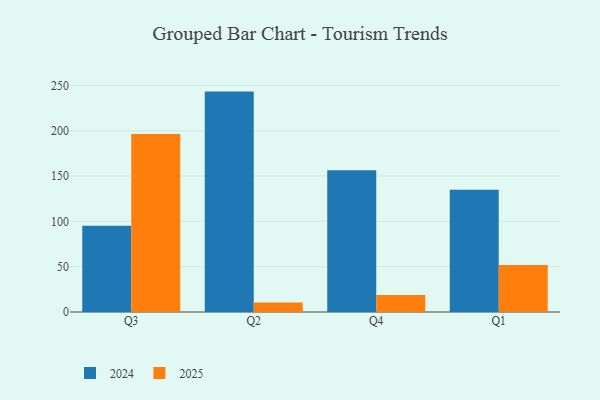
{"axis": {"x": "Quarter", "y": "Backlog"}, "legend": ["2024", "2025"], "data": [{"x": "Q3", "y": 196.2, "type": "2025"}, {"x": "Q3", "y": 95.2, "type": "2024"}, {"x": "Q2", "y": 10.5, "type": "2025"}, {"x": "Q2", "y": 243.1, "type": "2024"}, {"x": "Q4", "y": 18.8, "type": "2025"}, {"x": "Q4", "y": 156.4, "type": "2024"}, {"x": "Q1", "y": 51.8, "type": "2025"}, {"x": "Q1", "y": 134.8, "type": "2024"}]}